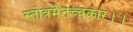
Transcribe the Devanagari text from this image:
स्तोत्रमेतच्चकार।।